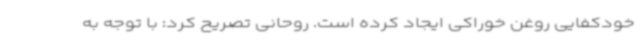
خودکفایی روغن خوراکی ایجاد کرده است. روحانی تصریح کرد: با توجه به